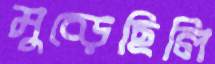
মুচ্‌ড়েছিলি